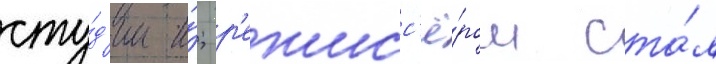
сту́д'ии и́; р'ежисс'ё́ром ста́л